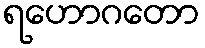
ရဟောဂတော